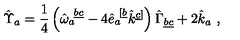
\hat { \Upsilon } _ { a } = \frac { 1 } { 4 } \left( \hat { \omega } _ { a } ^ { \ \underline { { b c } } } - 4 \hat { e } _ { a } ^ { \ [ \underline { { b } } } \hat { k } ^ { \underline { { c } } ] } \right) \hat { \Gamma } _ { \underline { { b c } } } + 2 \hat { k } _ { a } \ ,